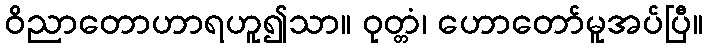
ဝိညာတောဟာရဟူ၍သာ။ ဝုတ္တံ၊ ဟောတော်မူအပ်ပြီ။